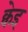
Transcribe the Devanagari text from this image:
क्वेइ